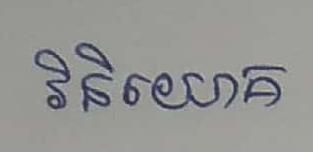
វិនិយោគ